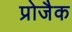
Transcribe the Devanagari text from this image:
प्रोजैक